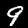
Label: 9